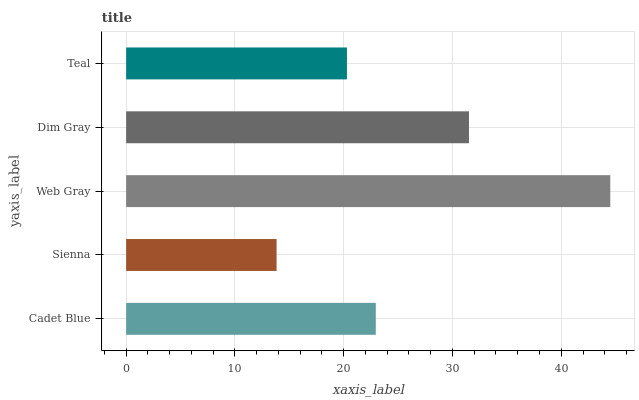
| yaxis_label | bars |
 | --- | --- |
 | Cadet Blue | 23 |
 | Sienna | 13.8 |
 | Web Gray | 44.5 |
 | Dim Gray | 31.5 |
 | Teal | 20.3 |